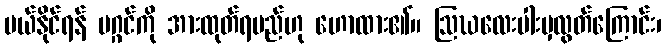
ပယ်နိုင်ရန် မဂ္ဂင်ကို အားထုတ်ရမည်ဟု ဟောထား၏။ ဩဃလေးပါးမှလွတ်ကြောင်း၊